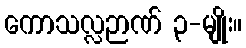
ကောသလ္လဉာဏ် ၃-မျိုး။